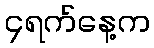
၄ရက်နေ့က